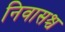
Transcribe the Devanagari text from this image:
निवासश्च